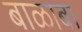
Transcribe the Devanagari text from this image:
बाळाबा